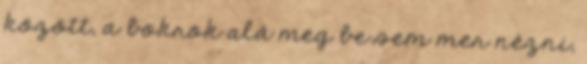
között, a bokrok alá meg be sem mer nézni,